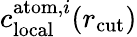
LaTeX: c_{\mathrm{local}}^{\mathrm{atom},i}(r_{\mathrm{cut}})